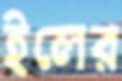
ইলের